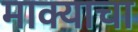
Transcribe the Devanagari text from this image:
माक्याचा